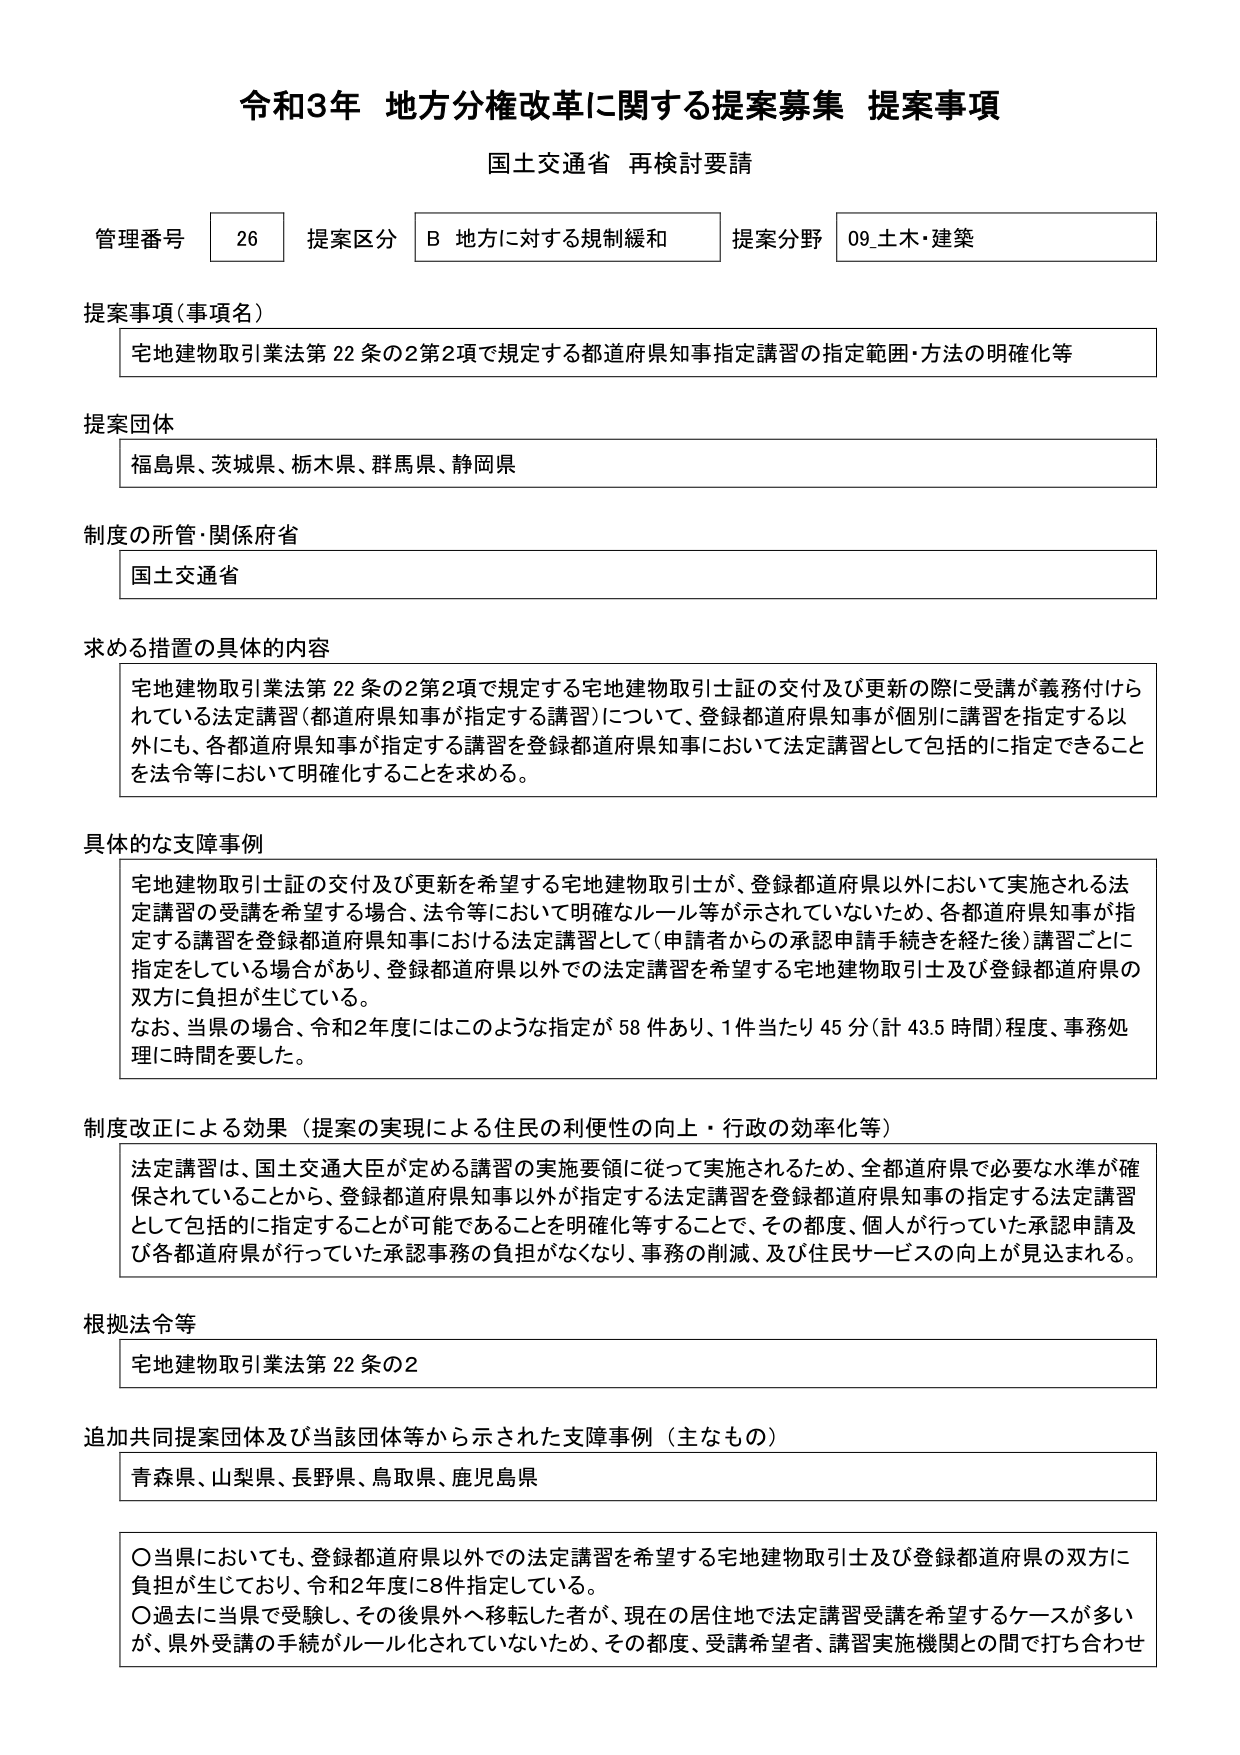
令和3年 地方分権改革に関する提案募集 提案事項
国土交通省 再検討要請

管理番号 26 提案区分 B 地方に対する規制緩和 提案分野 09_土木・建築

提案事項（事項名）
宅地建物取引業法第22条の2第2項で規定する都道府県知事指定講習の指定範囲・方法の明確化等

提案団体
福島県、茨城県、栃木県、群馬県、静岡県

制度の所管・関係府省
国土交通省

求める措置の具体的内容
宅地建物取引業法第22条の2第2項で規定する宅地建物取引士証の交付及び更新の際に受講が義務付けられている法定講習（都道府県知事が指定する講習）について、登録都道府県知事が個別に講習を指定する以外にも、各都道府県知事が指定する講習を登録都道府県知事において法定講習として包括的に指定できることを法令等において明確化することを求める。

具体的な支障事例
宅地建物取引士証の交付及び更新を希望する宅地建物取引士が、登録都道府県以外において実施される法定講習の受講を希望する場合、法令等において明確なルール等が示されていないため、各都道府県知事が指定する講習を登録都道府県知事における法定講習として（申請者からの承認申請手続きを経た後）講習ごとに指定をしている場合があり、登録都道府県以外での法定講習を希望する宅地建物取引士及び登録都道府県の双方に負担が生じている。
なお、当県の場合、令和2年度にはこのような指定が58件あり、1件当たり45分（計43.5時間）程度、事務処理に時間を要した。

制度改正による効果（提案の実現による住民の利便性の向上・行政の効率化等）
法定講習は、国土交通大臣が定める講習の実施要領に従って実施されるため、全都道府県で必要な水準が確保されていることから、登録都道府県知事以外が指定する法定講習を登録都道府県知事の指定する法定講習として包括的に指定することが可能であることを明確化等することで、その都度、個人が行っていた承認申請及び各都道府県が行っていた承認事務の負担がなくなり、事務の削減、及び住民サービスの向上が見込まれる。

根拠法令等
宅地建物取引業法第22条の2

追加共同提案団体及び当該団体等から示された支障事例（主なもの）
青森県、山梨県、長野県、鳥取県、鹿児島県

○当県においても、登録都道府県以外での法定講習を希望する宅地建物取引士及び登録都道府県の双方に負担が生じており、令和2年度に8件指定している。
○過去に当県で受験し、その後県外へ移転した者が、現在の居住地で法定講習受講を希望するケースが多いが、県外受講の手続がルール化されていないため、その都度、受講希望者、講習実施機関との間で打ち合わせ